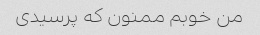
من خوبم ممنون که پرسیدی